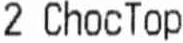
2 CHOCTOP